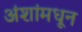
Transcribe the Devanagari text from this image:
अंशांमधून